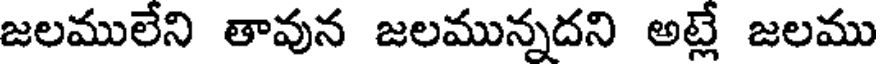
జలములేని తావున జలమున్నదని అట్లే జలము